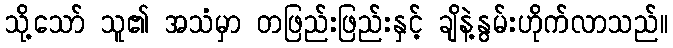
သို့သော် သူ၏ အသံမှာ တဖြည်းဖြည်းနှင့် ချိနဲ့နွမ်းဟိုက်လာသည်။